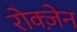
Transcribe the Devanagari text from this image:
रोक्ज़ेन